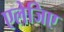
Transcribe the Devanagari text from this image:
एलेजिए